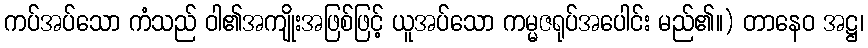
ကပ်အပ်သော ကံသည် ဝါ၏အကျိုးအဖြစ်ဖြင့် ယူအပ်သော ကမ္မဇရုပ်အပေါင်း မည်၏။) တာနေဝ အဋ္ဌ၊